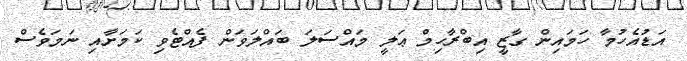
އަޑުއެހުމާ ހަމައިން ގާޒީ އިބްރާހިމް ޢަލީ މައްސަލަ ބައްލަވަން ފެއްޓެވި ކަމަށާއި ނަމަވެސް